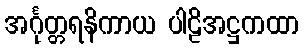
အင်္ဂုတ္တရနိကာယ ပါဠိအဋ္ဌကထာ